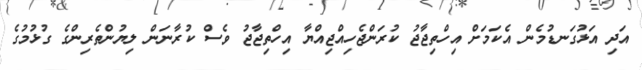
އަދި އަޅުގަނޑުމެން އެކަމަށް އިހްތިޖާޖު ކުރަންޖެހިއްޖިއްޔާ އިހްތިޖާޖު ވެސް ކުރާނަން ލިޔުންތެރިންގެ ގުޅުމުގެ